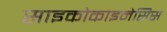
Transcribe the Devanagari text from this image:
साइकोकाइनेसिस